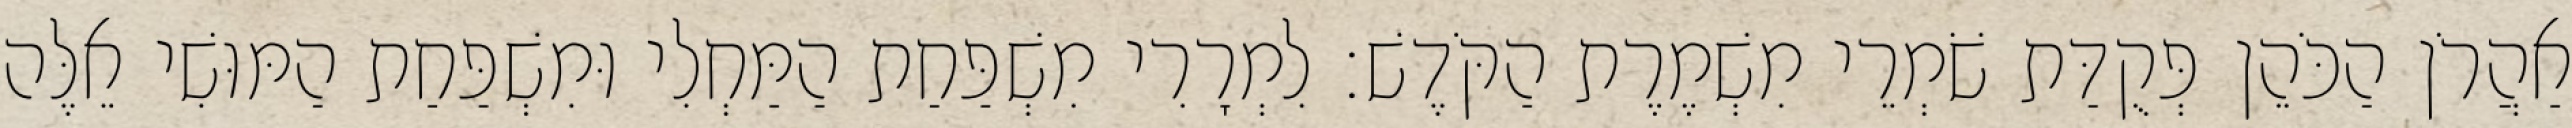
אַהֲרֹן הַכֹּהֵן פְּקֻדַּת שֹׁמְרֵי מִשְׁמֶרֶת הַקֹּדֶשׁ׃ לִמְרָרִי מִשְׁפַּחַת הַמַּחְלִי וּמִשְׁפַּחַת הַמּוּשִׁי אֵלֶּה